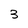
Character: 3